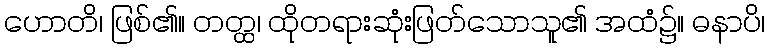
ဟောတိ၊ ဖြစ်၏။ တတ္ထ၊ ထိုတရားဆုံးဖြတ်သောသူ၏ အထံ၌။ ဓနာပိ၊